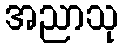
အညာသု